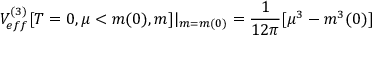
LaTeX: V _ { e f f } ^ { ( 3 ) } [ T = 0 , \mu < m ( 0 ) , m ] | _ { m = m ( 0 ) } = \frac { 1 } { 1 2 \pi } [ \mu ^ { 3 } - m ^ { 3 } ( 0 ) ]